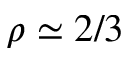
\rho \simeq 2 / 3